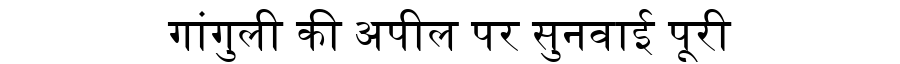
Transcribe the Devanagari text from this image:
गांगुली की अपील पर सुनवाई पूरी